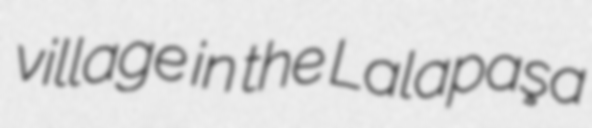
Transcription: village in the Lalapaşa